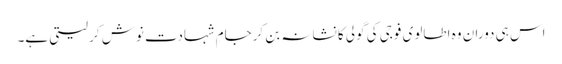
اس ہی دوران وہ اطالوی فوجی کی گولی کا نشانہ بن کرجامِ شہادت نوش کر لیتی ہے۔